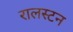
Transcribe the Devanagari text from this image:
रालस्टन